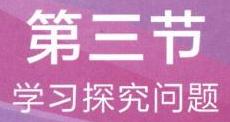
第三节
学习探究问题